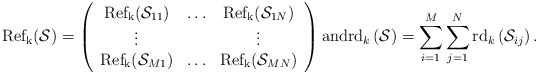
\begin{align*} {\rm Ref_{k}} (\mathcal{S})=\left(\begin{array}{ccc} {\rm Ref_{k}} (\mathcal{S}_{11})&\ldots&{\rm Ref_{k}} (\mathcal{S}_{1N})\\\vdots&&\vdots\\{\rm Ref_{k}} (\mathcal{S}_{M1})&\ldots&{\rm Ref_{k}} (\mathcal{S}_{MN})\end{array}\right) \textrm{and} {\rm rd} _k\left(\mathcal{S}\right)=\sum_{i=1}^M \sum_{j=1}^N{\rm rd} _k \left(\mathcal{S}_{ij}\right).\end{align*}